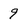
Character: 9